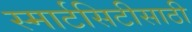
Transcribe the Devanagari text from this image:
स्मार्टसिटीसाठी